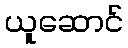
ယူဆောင်